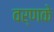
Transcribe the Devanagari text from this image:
वर्णके